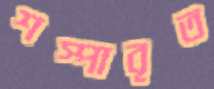
শস্পাবৃত